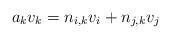
LaTeX: \begin{align*} a_k v_k = n_{i,k} v_i + n_{j,k} v_j\end{align*}